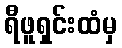
ရီဖူရှင်းထံမှ